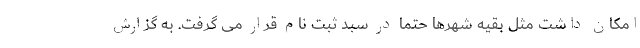
امکان داشت مثل بقیه شهرها حتما در سبد ثبت نام قرار می گرفت. به گزارش